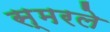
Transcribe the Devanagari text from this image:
स्मरले